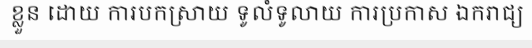
ខ្លួន ដោយ ការបកស្រាយ ទូលំទូលាយ ការប្រកាស ឯករាជ្យ